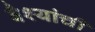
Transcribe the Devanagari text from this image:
वैश्यांची